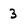
Character: 3